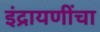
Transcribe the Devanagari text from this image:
इंद्रायणींचा